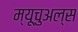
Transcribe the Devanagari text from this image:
म्यूचुअल्स